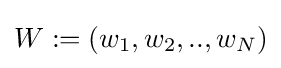
W:=(w_{1},w_{2},..,w_{N})